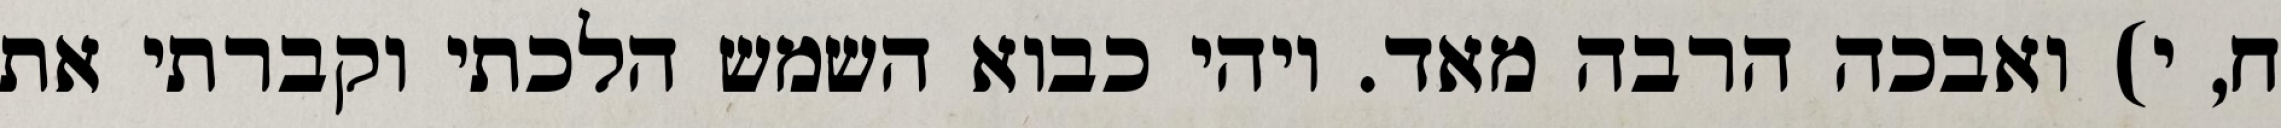
ח, י) ואבכה הרבה מאד. ויהי כבוא השמש הלכתי וקברתי את